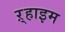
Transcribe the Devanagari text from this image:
ऱ्हाइम